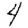
Digit: 4